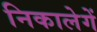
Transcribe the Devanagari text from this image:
निकालेगें